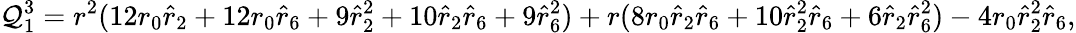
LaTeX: \mathcal{Q}_{1}^{3}=r^{2}(12r_{0}\hat{{r}}_{2}+12r_{0}\hat{{r}}_{6}+9\hat{{r}}_{2}^{2}+10\hat{{r}}_{2}\hat{{r}}_{6}+9\hat{{r}}_{6}^{2})+r(8r_{0}\hat{{r}}_{2}\hat{{r}}_{6}+10\hat{{r}}_{2}^{2}\hat{{r}}_{6}+6\hat{{r}}_{2}\hat{{r}}_{6}^{2})-4r_{0}\hat{{r}}_{2}^{2}\hat{{r}}_{6},